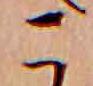
こ